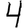
Digit: 4